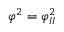
\varphi ^ { 2 } = \varphi _ { I I } ^ { 2 }